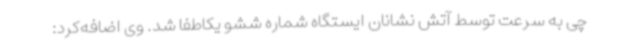
چی به سرعت توسط آتش نشانان ایستگاه شماره ششو یکاطفا شد. وی اضافه‌کرد: